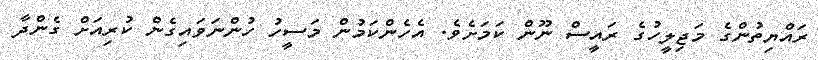
ރައްޔިތުންގެ މަޖިލީހުގެ ރައީސް ނޫން ކަމަށެވެ. އެހެންކަމުން މަސީހު ހުންނަވައިގެން ކުރިއަށް ގެންދާ